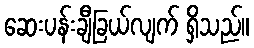
ဆေးပန်းချီခြယ်လျက် ရှိသည်။